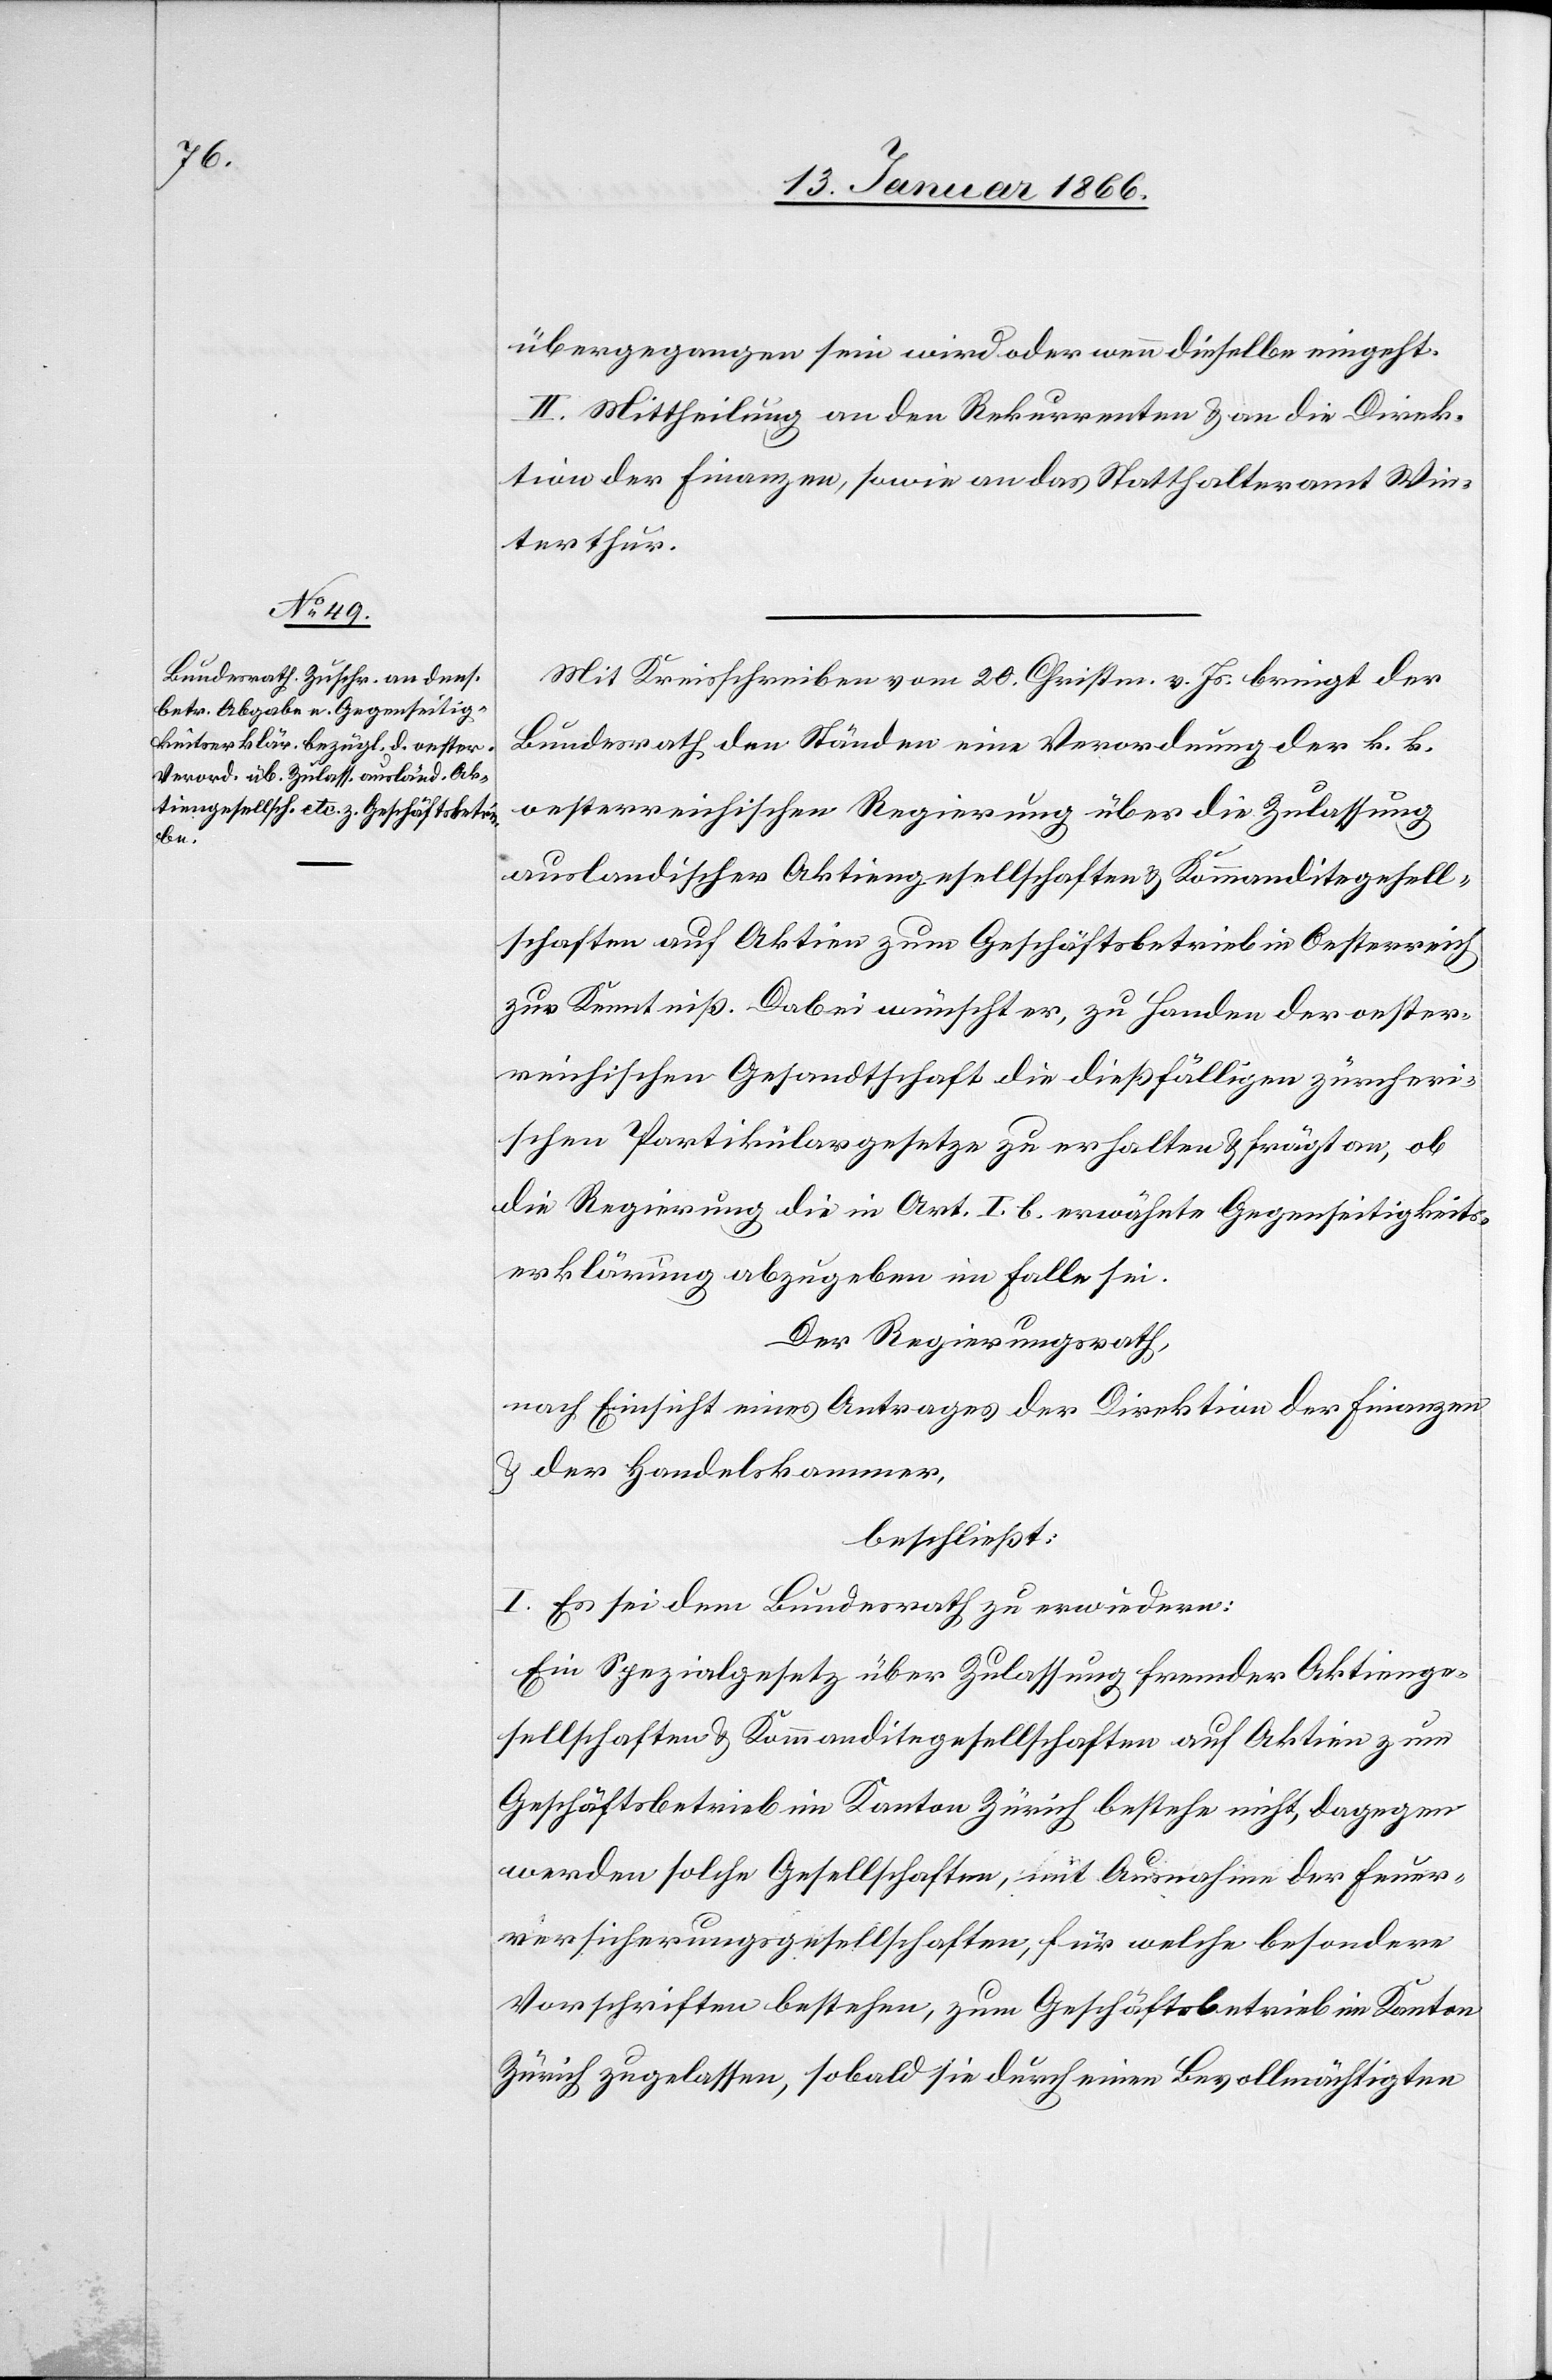
übergegangen sein wird oder wenn dieselbe eingeht.
II. Mittheilung an den Rekurrenten u. an die Direk¬
tion der Finanzen, sowie an das Statthalteramt Win¬
terthur.
Mit Kreisschreiben vom 29. Christm. v. Js. bringt der
Bundesrath den Ständen eine Verordnung der k. k.
oesterreichischen Regierung über die Zulassung
auslandischer Aktiengesellschaften u. Kommanditegesell¬
schaften auf Aktien zum Geschäftsbetrieb in Oesterreich
zur Kenntniß. Dabei wünscht er, zu Handen der oester¬
reichischen Gesandtschaft die dießfälligen zürcheri¬
schen Partikulargesetze zu erhalten u. frägt an, ob
die Regierung die in Art. I. b. erwähnte Gegenseitigkeits¬
erklärung abzugeben im Falle sei.
Der Regierungsrath,
nach Einsicht eines Antrages der Direktion der Finanzen
u. der Handelskammer,
beschließt:
I. Es sei dem Bundesrath zu erwiedern:
Ein Spezialgesetz über Zulassung fremder Aktienge¬
sellschaften u. Kommanditegesellschaften auf Aktion zum
Geschäftsbetrieb im Kanton Zürich bestehe nicht, dagegen
werden solche Gesellschaften, mit Ausnahme der Feuer¬
versicherungsgesellschaften, für welche besondere
Vorschriften bestehen, zum Geschäftsbetrieb im Kanton
Zürich zugelassen, sobald sie durch einen Bevollmächtigten